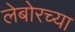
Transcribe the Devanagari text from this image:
लेबोरच्या